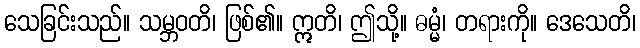
သေခြင်းသည်။ သမ္ဘဝတိ၊ ဖြစ်၏။ ဣတိ၊ ဤသို့။ ဓမ္မံ၊ တရားကို။ ဒေသေတိ၊